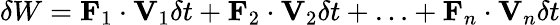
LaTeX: \delta W=\mathbf{F}_{1}\cdot\mathbf{V}_{1}\delta t+\mathbf{F}_{2}\cdot\mathbf{V}_{2}\delta t+\ldots+\mathbf{F}_{n}\cdot\mathbf{V}_{n}\delta t